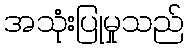
အသုံးပြုမှုသည်